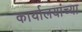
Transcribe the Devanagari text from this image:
कार्यालयांच्या